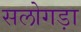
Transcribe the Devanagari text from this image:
सलोगड़ा